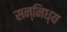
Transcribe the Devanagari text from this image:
सन्निध्य